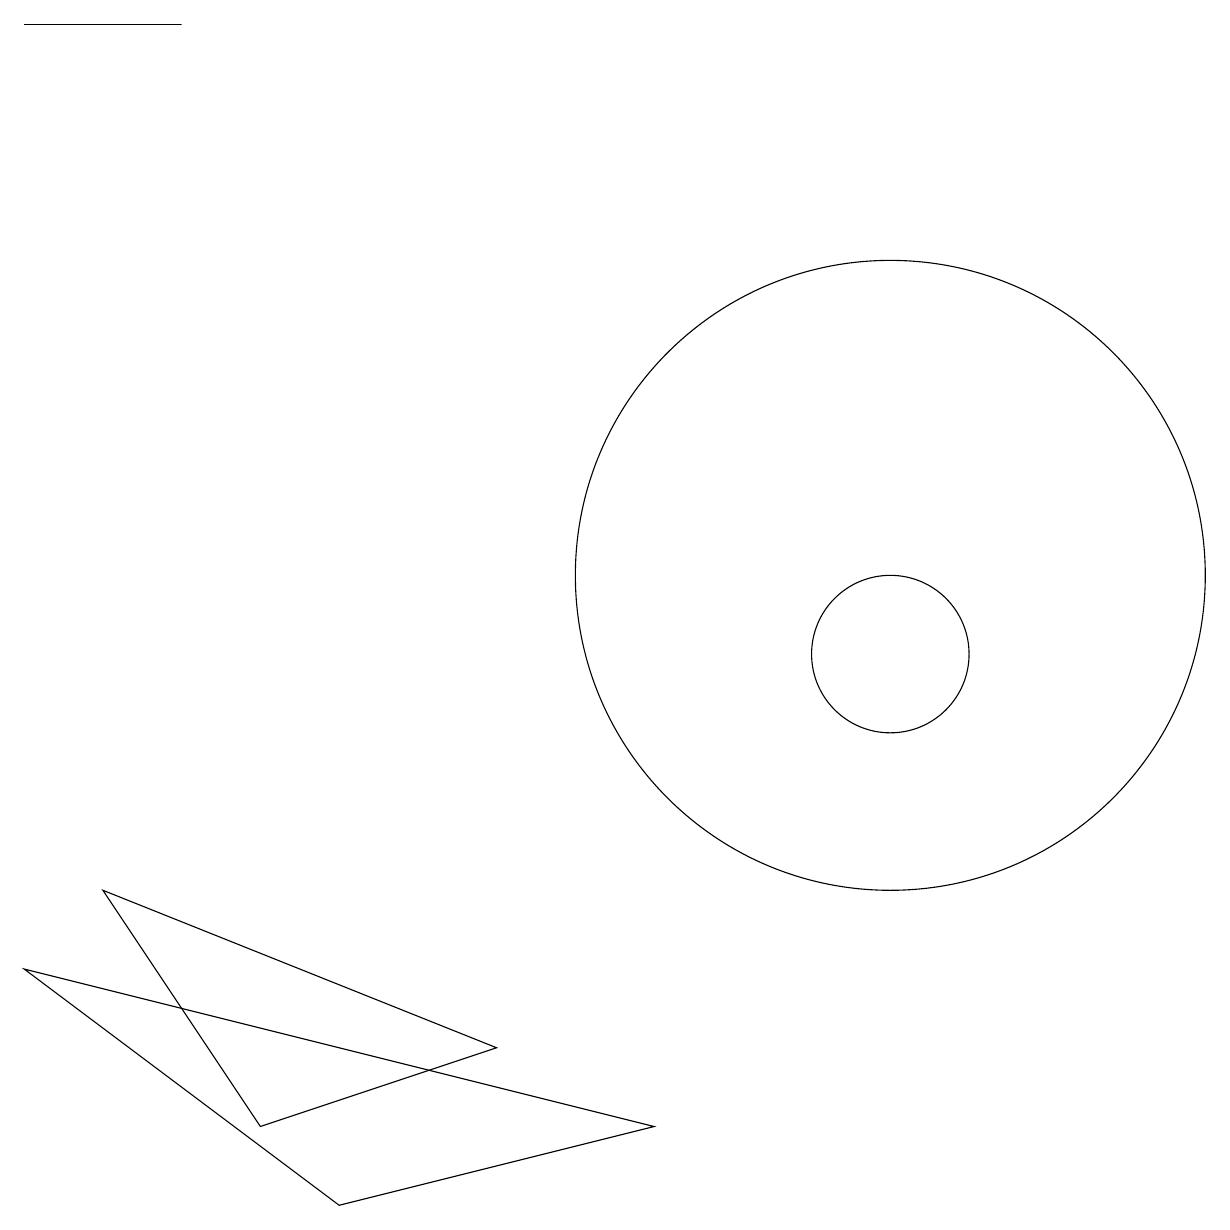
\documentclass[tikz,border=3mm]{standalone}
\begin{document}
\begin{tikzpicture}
\draw (2,18) rectangle (0,18);
\draw (0,6) -- (8,4) -- (4,3) -- cycle;
\draw (11,11) circle (4);
\draw (11,10) circle (1);
\draw (6,5) -- (1,7) -- (3,4) -- cycle;
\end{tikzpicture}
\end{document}